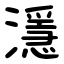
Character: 濦